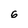
Character: 6